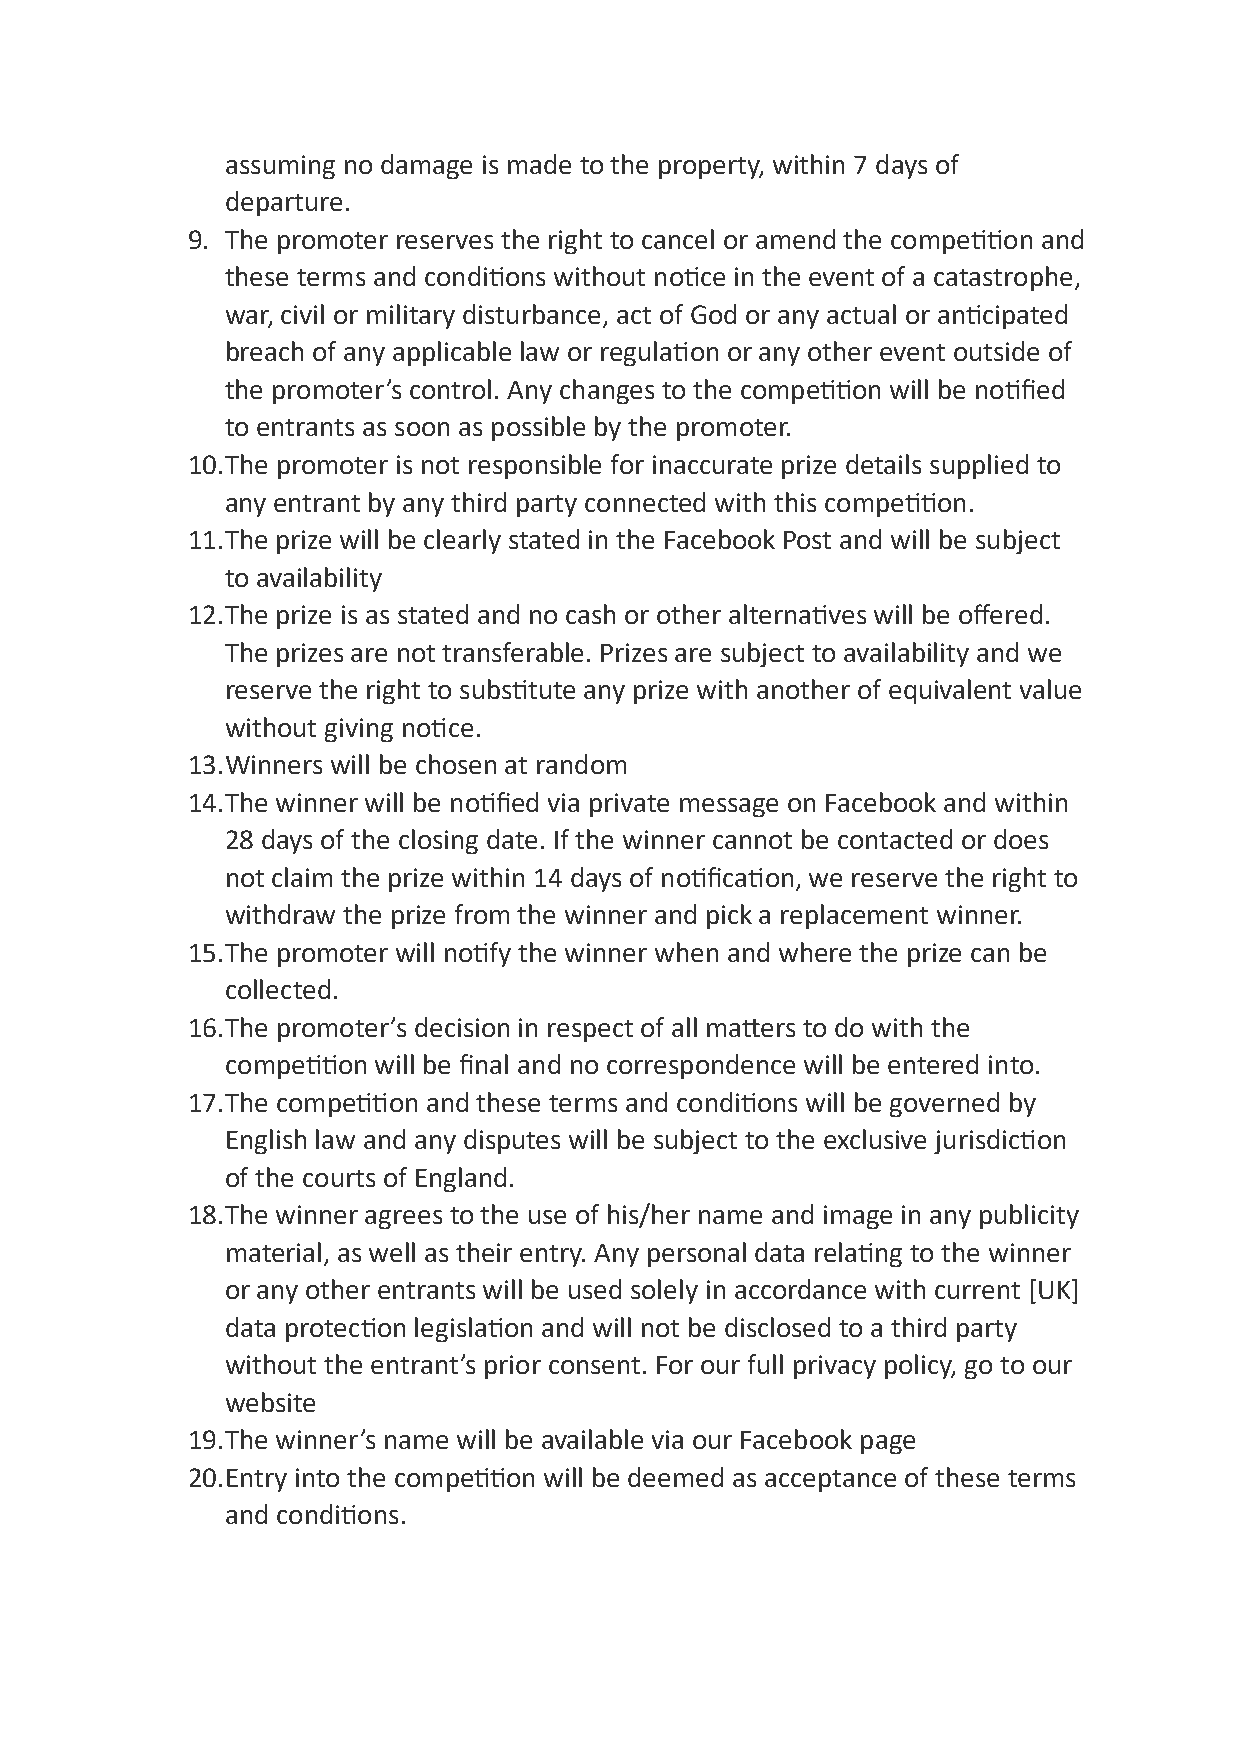
assuming no damage is made to the property, within 7 days of
 departure.
 9. The promoter reserves the right to cancel or amend the compe<<on and
 these terms and condi<ons without no<ce in the event of a catastrophe,
 war, civil or military disturbance, act of God or any actual or an<cipated
 breach of any applicable law or regula<on or any other event outside of
 the promoter’s control. Any changes to the compe<<on will be no<fied
 to entrants as soon as possible by the promoter.
 10.The promoter is not responsible for inaccurate prize details supplied to
 any entrant by any third party connected with this compe<<on.
 11.The prize will be clearly stated in the Facebook Post and will be subject
 to availability
 12.The prize is as stated and no cash or other alterna<ves will be offered.
 The prizes are not transferable. Prizes are subject to availability and we
 reserve the right to subs<tute any prize with another of equivalent value
 without giving no<ce.
 13.Winners will be chosen at random
 14.The winner will be no<fied via private message on Facebook and within
 28 days of the closing date. If the winner cannot be contacted or does
 not claim the prize within 14 days of no<fica<on, we reserve the right to
 withdraw the prize from the winner and pick a replacement winner.
 15.The promoter will no<fy the winner when and where the prize can be
 collected.
 16.The promoter’s decision in respect of all maZers to do with the
 compe<<on will be final and no correspondence will be entered into.
 17.The compe<<on and these terms and condi<ons will be governed by
 English law and any disputes will be subject to the exclusive jurisdic<on
 of the courts of England.
 18.The winner agrees to the use of his/her name and image in any publicity
 material, as well as their entry. Any personal data rela<ng to the winner
 or any other entrants will be used solely in accordance with current [UK]
 data protec<on legisla<on and will not be disclosed to a third party
 without the entrant’s prior consent. For our full privacy policy, go to our
 website
 19.The winner’s name will be available via our Facebook page
 20.Entry into the compe<<on will be deemed as acceptance of these terms
 and condi<ons.